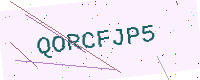
Text: QORCFJP5